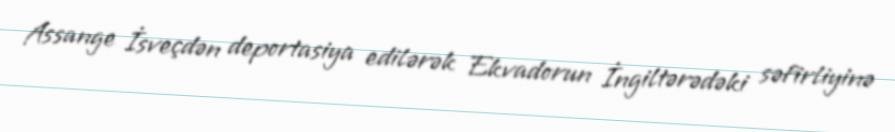
Assange İsveçdən deportasiya edilərək Ekvadorun İngiltərədəki səfirliyinə